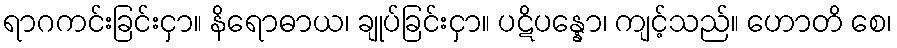
ရာဂကင်းခြင်းငှာ။ နိရောဓာယ၊ ချုပ်ခြင်းငှာ။ ပဋိပန္နော၊ ကျင့်သည်။ ဟောတိ စေ၊